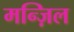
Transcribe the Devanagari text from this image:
मन्ज़िल